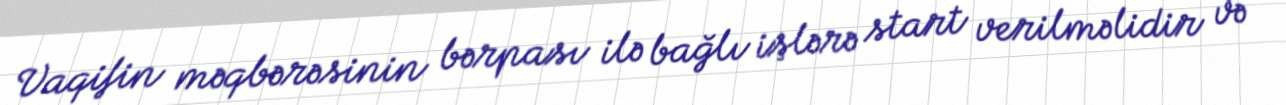
Vaqifin məqbərəsinin bərpası ilə bağlı işlərə start verilməlidir və